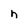
Character: n